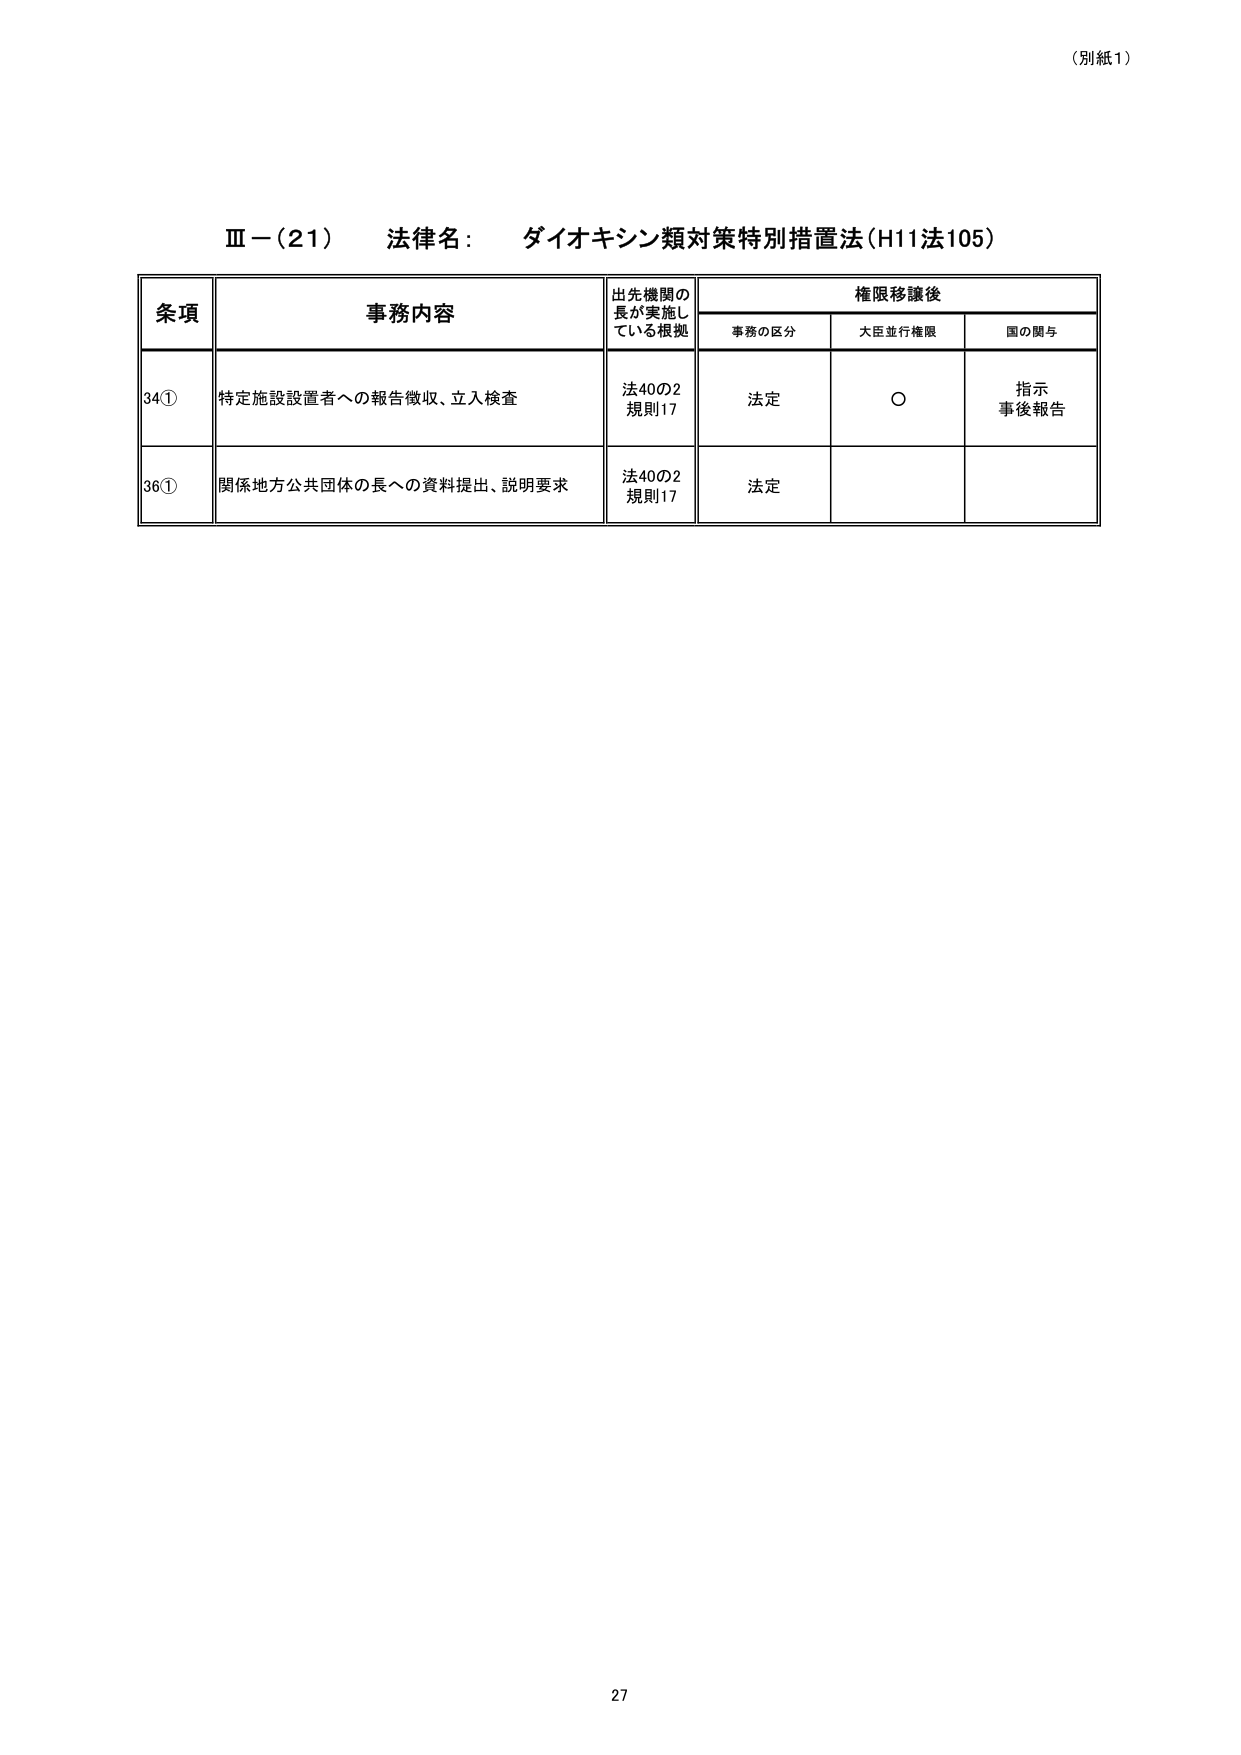
（別紙1）

Ⅲ－（21） 法律名： ダイオキシン類対策特別措置法（H11法105）

条項 事務内容 出先機関の長が実施している根拠 権限移譲後